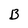
Character: B